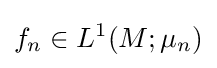
f_{n}\in L^{1}(M;\mu _{n})